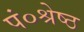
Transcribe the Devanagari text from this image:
पं०श्रेष्ठ